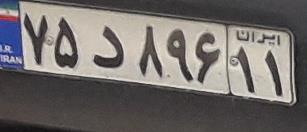
۷۵د۸۹۶۱۱